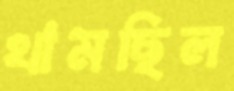
থামছিল